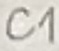
Text: C1